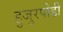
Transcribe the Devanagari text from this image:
हुजुरपोडी